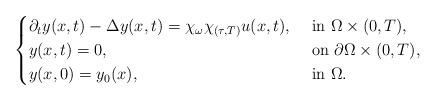
LaTeX: \begin{align*}\begin{cases}\partial_t y(x,t)-\Delta y(x,t)=\chi_\omega\chi_{(\tau,T)}u(x,t), &\mbox{ in } \Omega\times (0,T),\\y(x,t)=0, &\mbox{ on }\partial \Omega\times (0,T),\\y(x,0)=y_0(x), &\mbox{ in } \Omega.\end{cases}\end{align*}